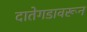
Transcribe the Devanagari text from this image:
दातेगडावरून